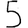
Digit: 5